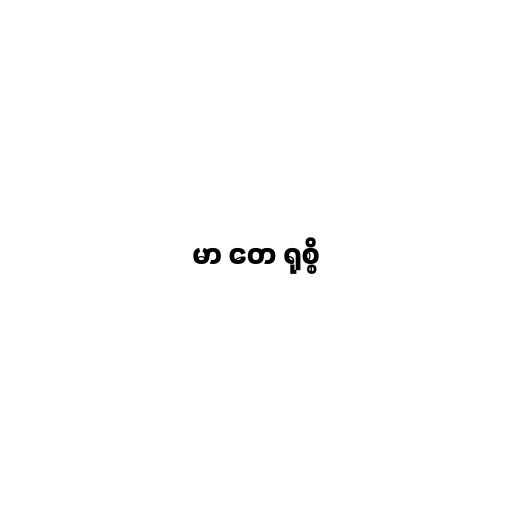
မာ တေ ရုစ္စိ